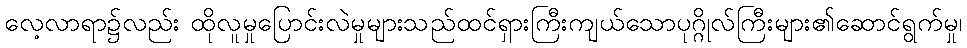
လေ့လာရာ၌လည်း ထိုလူမှုပြောင်းလဲမှုများသည်ထင်ရှားကြီးကျယ်သောပုဂ္ဂိုလ်ကြီးများ၏ဆောင်ရွက်မှု၊